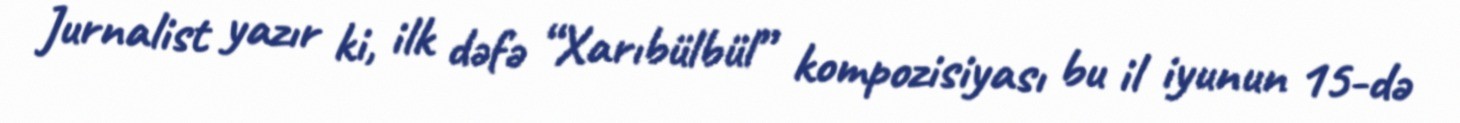
Jurnalist yazır ki, ilk dəfə “Xarıbülbül” kompozisiyası bu il iyunun 15-də